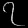
Digit: ၇